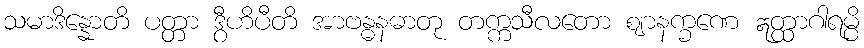
သမာဒိန္နောတိ ပတ္တာ ဒွီဟိပီတိ အာဗန္ဓနဓာတု တက္ကသီလတော ဈာနက္ခဏေ ဣတ္ထာဂါရမ္ပိ